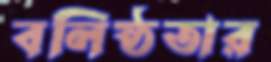
বলিষ্ঠতার